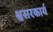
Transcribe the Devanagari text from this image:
श्वसरकार्य